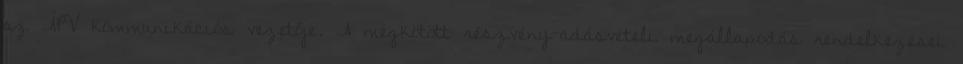
az ÁPV kommunikációs vezetője. A megkötött részvény-adásvételi megállapodás rendelkezései